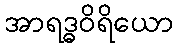
အာရဒ္ဓဝိရိယော